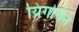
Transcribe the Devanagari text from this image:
य्रिगोयेन